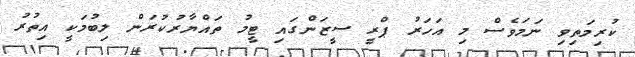
ކުރިމަތިިވި ނަމަވެސް މި އަހަރު ޕްރީ ސީޒަންގައި ޓީމު ތައްޔާރުކުރަން ލިބުމަކީ އިތުރު